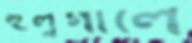
হুলুগালে